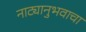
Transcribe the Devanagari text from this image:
नाट्यानुभवाचा